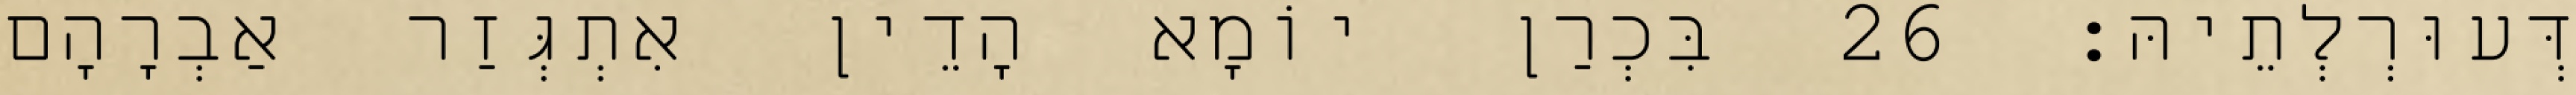
דְּעוּרְלְתֵיהּ׃ 26 בִּכְרַן יוֹמָא הָדֵין אִתְגְּזַר אַבְרָהָם